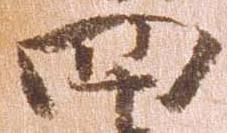
四